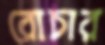
রোচার